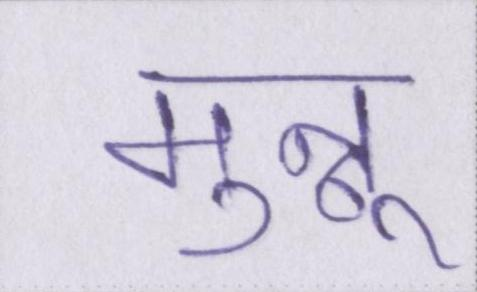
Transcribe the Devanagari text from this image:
मुन्नू